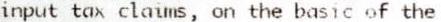
INPUT TAX CLAIMS, ON THE BASIC OF THE